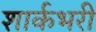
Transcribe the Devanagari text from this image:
शार्कभरी